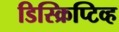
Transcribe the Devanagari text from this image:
डिस्क्रिप्टिव्ह